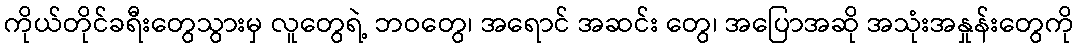
ကိုယ်တိုင်ခရီးတွေသွားမှ လူတွေရဲ့ ဘဝတွေ၊ အရောင် အဆင်း တွေ၊ အပြောအဆို အသုံးအနှုန်းတွေကို